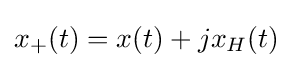
x_{+}(t)=x(t)+jx_{H}(t)